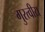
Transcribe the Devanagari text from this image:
गुरत्वीय